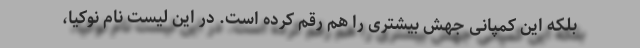
بلکه این کمپانی جهش بیشتری را هم رقم کرده است. در این لیست نام نوکیا،